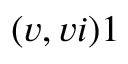
( v , v i ) 1